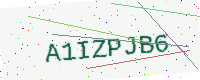
Text: A1IZPJB6